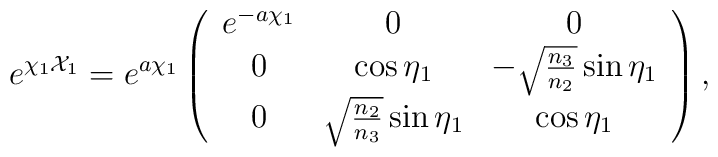
e^{\chi_1 {\cal X}_1} = e^{a\chi_1} \left( \begin{array}{ccc}                                            e^{-a\chi_1} & 0                                   & 0 \\                                            0            & \cos{\eta_1}                        & -\sqrt{\frac{n_3}{n_2}} \sin{\eta_1} \\                                            0            & \sqrt{\frac{n_2}{n_3}} \sin{\eta_1} & \cos{\eta_1}                                            \end{array} \right),